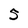
Character: 3